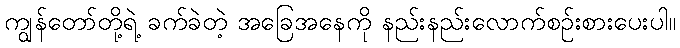
ကျွန်တော်တို့ရဲ့ ခက်ခဲတဲ့ အခြေအနေကို နည်းနည်းလောက်စဉ်းစားပေးပါ။